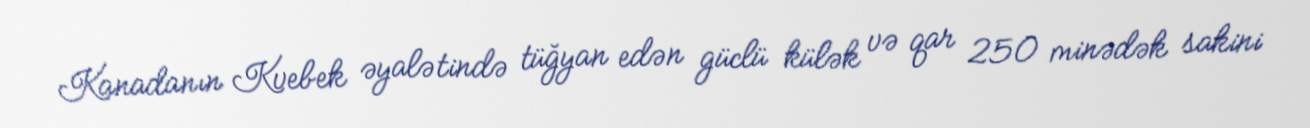
Kanadanın Kvebek əyalətində tüğyan edən güclü külək və qar 250 minədək sakini